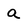
Character: a